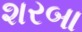
શરબા